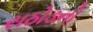
રાઠોડનો